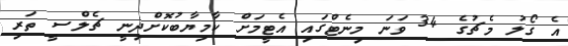
އެ ގޯލު މެޗުގެ 34 ވަނަ މިނެޓްގައި އެޓީމަށް ކާމިޔާބުކޮށްދިނީ ޗެލްސީ ތަރި